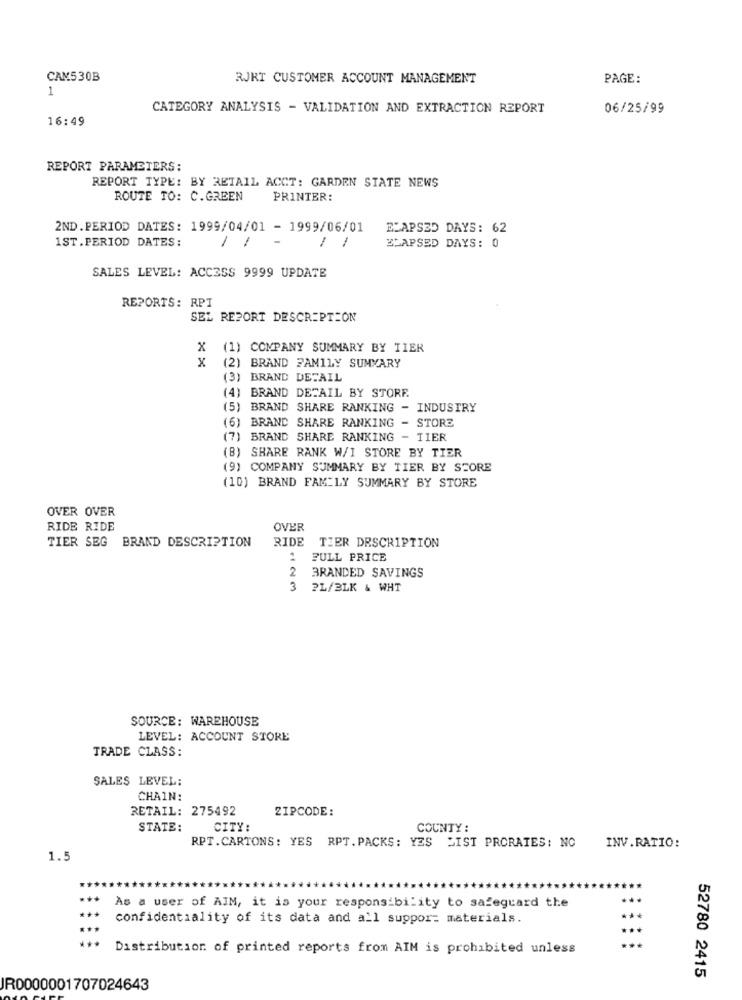
CAM530B
RJKT CUSTOMER ACCOUNT MANAGEMENT
PAGE:
1
CATEGORY ANALYSIS - VALIDATION AND EXTRACTION REPORT
06/25/99
16:49
REPORT PARAMETERS:
REPORT TYPE: BY RETAIL ACCT: GARDEN STATE NEWS
ROUTE TO: C.GREEN
PRINTER:
2ND.PERIOD DATES: 1999/04/01 - 1999/06/01 ELAPSED DAYS: 62
11
-
1
ELAPSED DAYS: 0
1ST.PERIOD DATES:
SALES LEVEL: ACCESS 9999 UPDATE
REPORTS: RPT
SEL REPORT DESCRIPTION
X (1) COMPANY SUMMARY BY TIER
x
(2) BRAND FAMILY SUMMARY
(3) BRAND DETAIL
(4) BRAND DETAIL BY STORE
(5) BRAND SHARE RANKING - INDUSTRY
(6) BRAND SHARE RANKING - STORE
(7) BRAND SHARE RANKING - TIER
(B) SHARE RANK W/I STORE BY TIER
(9) COMPANY SUMMARY BY TIER BY STORE
(10) BRAND FAMILY SUMMARY BY STORE
OVER OVER
RIDE RIDE
OVER
TIER SEG BRAND DESCRIPTION
RIDE
TIER DESCRIPTION
FULL PRICE
2
BRANDED SAVINGS
3
PL/3LK & WHT
SOURCE: WAREHOUSE
LEVEL: ACCOUNT STORE
TRADE CLASS:
SALES LEVEL:
CHAIN:
RETAIL: 275492
ZIPCODE:
STATE:
CITY:
COUNTY:
RPT.CARTONS: YES RPT.PACKS: YES LIST PRORATES: NO INV.RATIO:
1.5
As a user of AIM, it is your responsibility to safeguard the
***
confidentiality of its data and all suppor: materials.
...
Distribution of printed reports from AIM is prohibited unless
52780 2415
JR0000001707024643